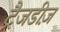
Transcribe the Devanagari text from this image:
ट्रैजडीज़